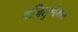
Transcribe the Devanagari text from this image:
वज़ितुणैगळ